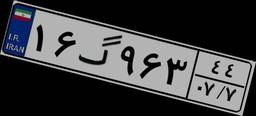
۱۶گ۹۶۳۴۴